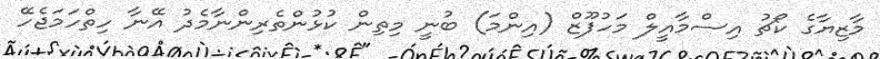
މާޒިޔާގެ ކޯޗު އިސްމާއީލް މަހުފޫޒް (އިންމަ) ބުނީ މިތިން ކުޅުންތެރިންނާމެދު އޭނާ ހިތްހަމަޖެހޭ